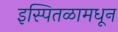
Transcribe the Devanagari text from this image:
इस्पितळामधून